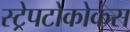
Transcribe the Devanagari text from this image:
स्ट्रेपटोकोकस